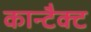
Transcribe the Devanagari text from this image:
कान्टैक्ट